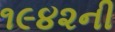
૧૯૪૨ની